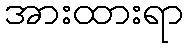
အားထားရာ